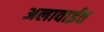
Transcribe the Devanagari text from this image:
अलावाईत